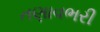
તણાવભરી